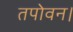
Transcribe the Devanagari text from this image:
तपोवन।